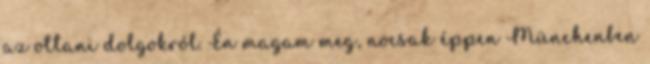
az ottani dolgokról. Én magam meg, nocsak éppen Münchenben